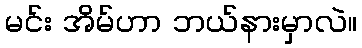
မင်း အိမ်ဟာ ဘယ်နားမှာလဲ။